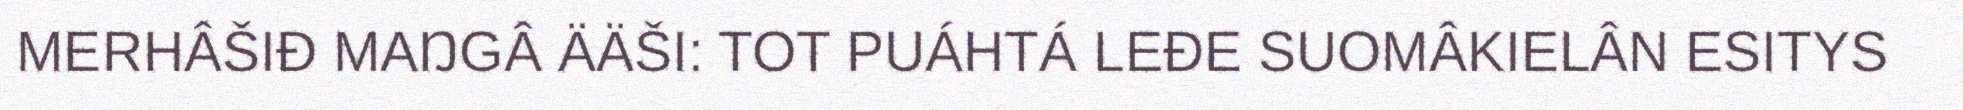
MERHÂŠIĐ MAŊGÂ ÄÄŠI: TOT PUÁHTÁ LEĐE SUOMÂKIELÂN ESITYS